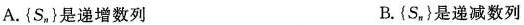
A.{S_n}是递增数列 B.{S_n}是递减数列